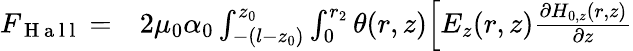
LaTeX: \begin{array}{rl}{F_{\mathrm{~H~a~l~l~}}=}&{{}2\mu_{0}\alpha_{0}\int_{-(l-z_{0})}^{z_{0}}\int_{0}^{r_{2}}\theta(r,z)\Big[E_{z}(r,z)\frac{\partial H_{0,z}(r,z)}{\partial z}}\end{array}